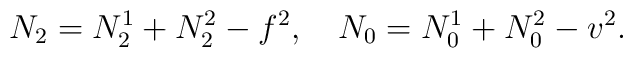
N_2=N_2^1+N_2^2-f^2, \quad N_0=N_0^1+N_0^2-v^2.